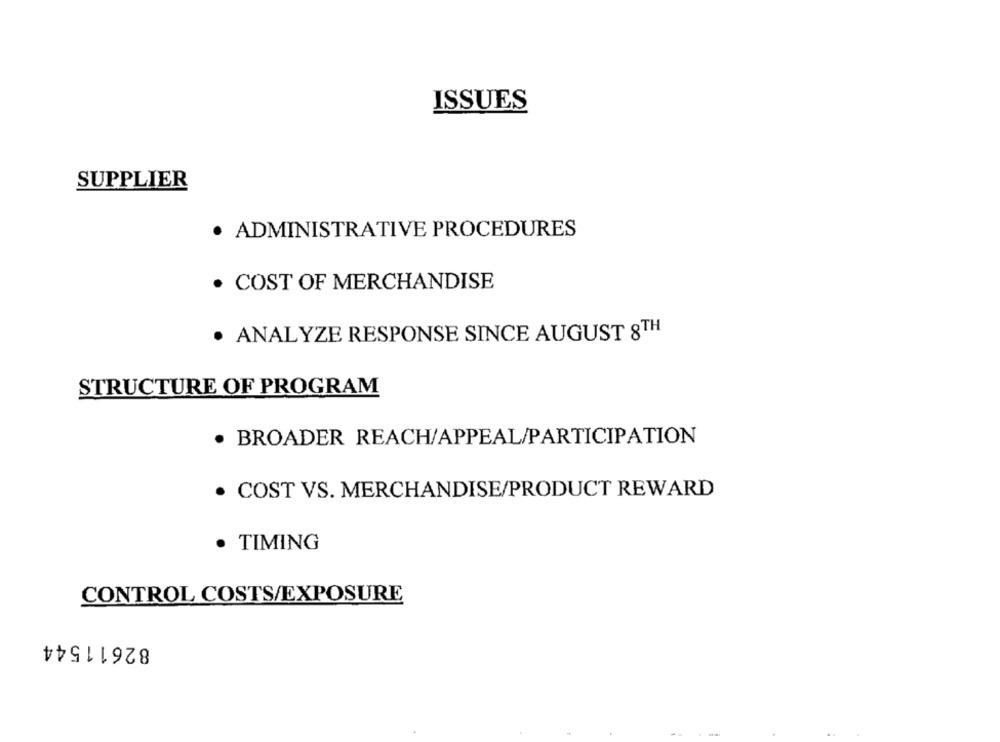
ISSUES
SUPPLIER
· ADMINISTRATIVE PROCEDURES
· COST OF MERCHANDISE
· ANALYZE RESPONSE SINCE AUGUST 8TH
STRUCTURE OF PROGRAM
· BROADER REACH/APPEAL/PARTICIPATION
· COST VS. MERCHANDISE/PRODUCT REWARD
· TIMING
CONTROL COSTS/EXPOSURE
82611544